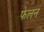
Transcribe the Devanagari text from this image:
फेलन